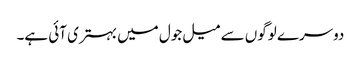
دوسرے لوگوں سے میل جول میں بہتری آئی ہے۔